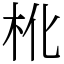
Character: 杹